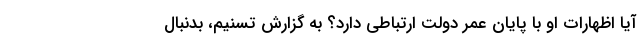
آیا اظهارات او با پایان عمر دولت ارتباطی دارد؟ به گزارش تسنیم، بدنبال